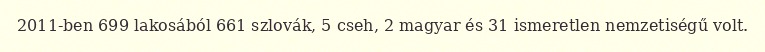
2011-ben 699 lakosából 661 szlovák, 5 cseh, 2 magyar és 31 ismeretlen nemzetiségű volt.